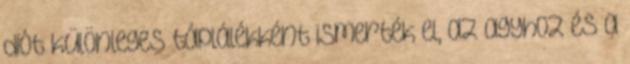
diót különleges táplálékként ismerték el, az agyhoz és a